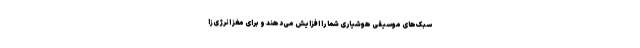
سبک‌های موسیقی هوشیاری شما را افزایش می‌دهند و برای مغز انرژی‌زا